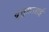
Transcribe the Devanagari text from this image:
यूसुफ़ज़ाई